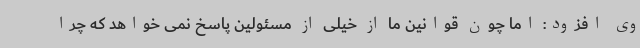
وی افزود: اما چون قوانین ما از خیلی از مسئولین پاسخ نمی خواهد که چرا